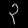
Digit: ၃